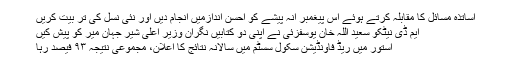
اساتذہ مسائل کا مقابلہ کرتے ہوئے اس پیغمبر انہ پیشے کو احسن اندازمیں انجام دیں اور نئی نسل کی تر بیت کریں
ایم ڈی نیٹکو سعید اللہ خان یوسفزئی نے اپنی دو کتابیں نگران وزیر اعلی شیر جہان میر کو پیش کیں
استور میں ریڈ فاونڈیشن سکول سسٹم میں سالانہ نتائج کا اعلان، مجموعی نتیجہ ۹۳ فیصد رہا